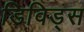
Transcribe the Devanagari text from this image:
डिविड्स